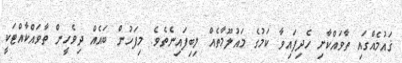
ޤައުމެއްގައި ތާވައްކާށި ހެދިފައިވާ ކަމުގެ މައުލޫމާތެއް ލިބިފައިނެތެވެ. މިފަހުން ބައެއް ދިވެހީން ތާވައްކާއްޓަކީ